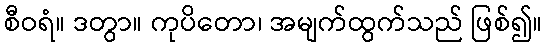
စီဝရံ။ ဒတွာ။ ကုပိတော၊ အမျက်ထွက်သည် ဖြစ်၍။